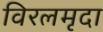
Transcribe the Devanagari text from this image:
विरलमृदा